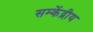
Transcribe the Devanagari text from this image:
सम्केंद्रीय